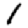
Digit: 1